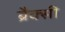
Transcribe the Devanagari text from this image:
ब्रैक्सी